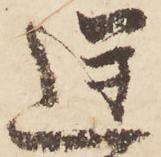
逆